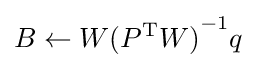
B\gets W{(P^{\mathrm {T} }W)}^{-1}q